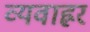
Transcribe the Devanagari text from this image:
व्यवाह्रर